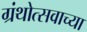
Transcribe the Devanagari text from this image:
ग्रंथोत्सवाच्या